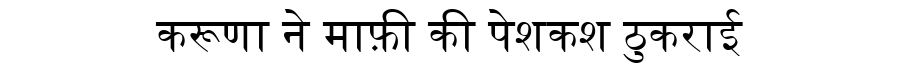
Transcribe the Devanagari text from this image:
करूणा ने माफ़ी की पेशकश ठुकराई